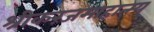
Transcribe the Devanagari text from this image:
श्रीकरंजमाहात्म्य